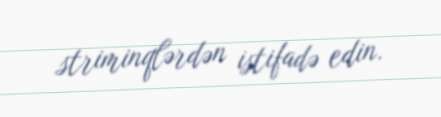
striminqlərdən istifadə edin.